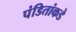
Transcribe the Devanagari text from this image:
पंडितांकडे